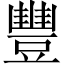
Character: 豐